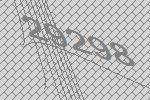
29298